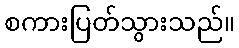
စကားပြတ်သွားသည်။